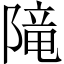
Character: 𨻫